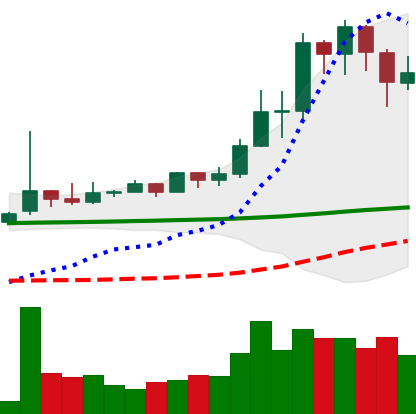
Ticker: TRX-USD
Chart end date: 2021-02-16
Forward return: 13.98%
Label: up_7plus